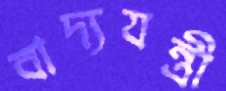
বাদ্যযন্ত্রী